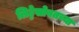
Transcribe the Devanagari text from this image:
लिट्टेसोबतच्या